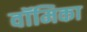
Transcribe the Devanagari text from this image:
वॉमिका